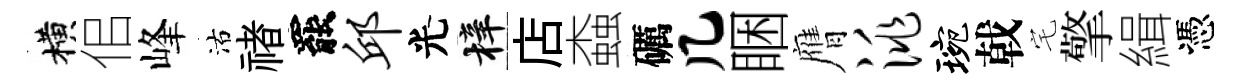
横佀峰沽禇罷邱光梓店螙礪几睏膺洮琬戟宅擎緝憑